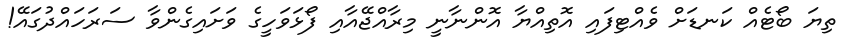
ތިޔަ ބޯޓެއް ކަނޑަށް ވެއްޓިފައި އޮތިއްޔާ އޮންނާނީ މިރާއްޖޭއާއި ފޯޅަވަހީގެ ވަށައިގެންވާ ސަރަހައްދުގައޭ!